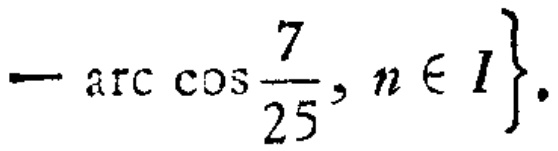
\(-\arccos\frac{7}{25},n\in I\}\)